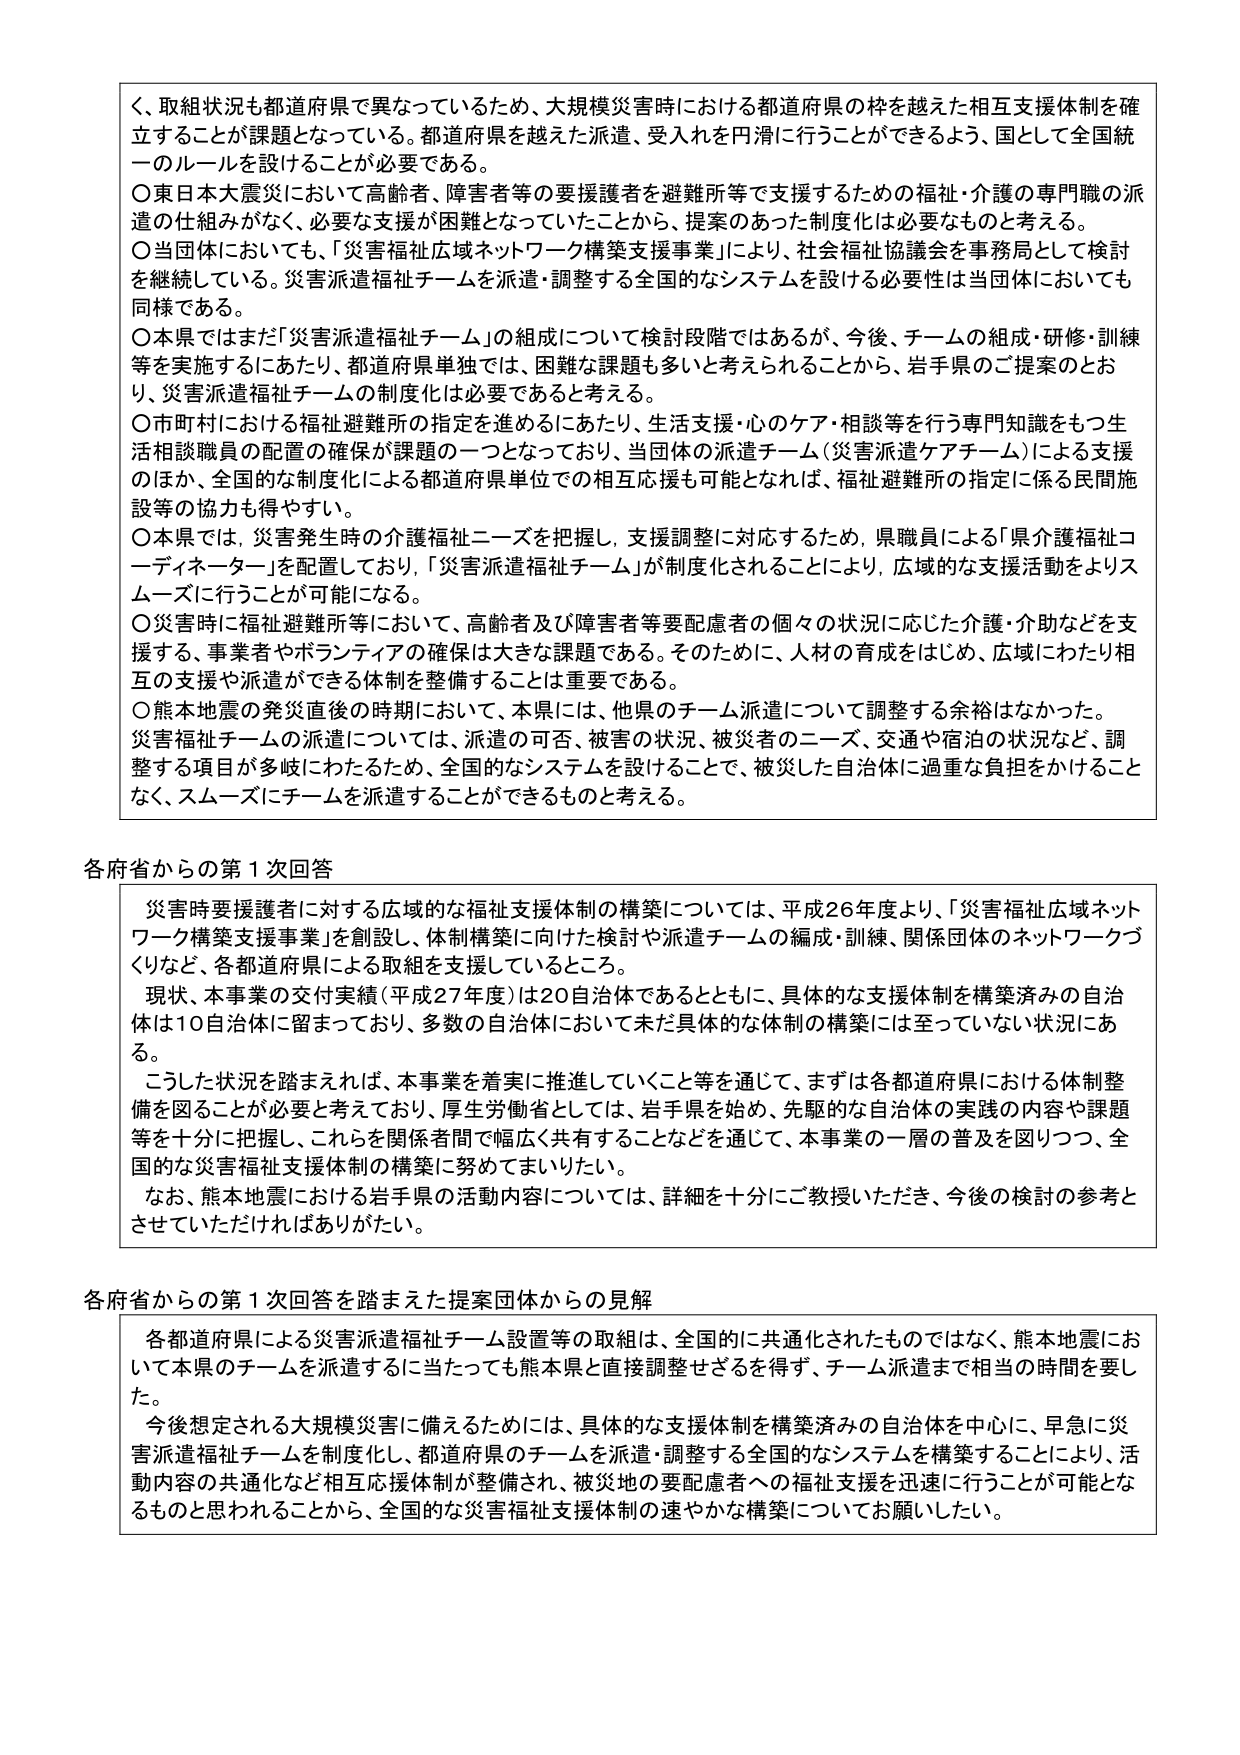
く、取組状況も都道府県で異なっているため、大規模災害時における都道府県の枠を越えた相互支援体制を確立することが課題となっている。都道府県を越えた派遣、受入れを円滑に行うことができるよう、国として全国統一のルールを設けることが必要である。

〇東日本大震災において高齢者、障害者等の要援護者を避難所等で支援するための福祉・介護の専門職の派遣の仕組みがなく、必要な支援が困難となっていたことから、提案のあった制度化は必要なものと考える。

〇当団体においても、「災害福祉広域ネットワーク構築支援事業」により、社会福祉協議会を事務局として検討を継続している。災害派遣福祉チームを派遣・調整する全国的なシステムを設ける必要性は当団体においても同様である。

〇本県ではまだ「災害派遣福祉チーム」の組成について検討段階ではあるが、今後、チームの組成・研修・訓練等を実施するにあたり、都道府県単独では、困難な課題も多いと考えられることから、岩手県のご提案のとおり、災害派遣福祉チームの制度化は必要であると考える。

〇市町村における福祉避難所の指定を進めるにあたり、生活支援・心のケア・相談等を行う専門知識をもつ生活相談職員の配置の確保が課題の一つとなっており、当団体の派遣チーム（災害派遣ケアチーム）による支援のほか、全国的な制度化による都道府県単位での相互応援も可能となれば、福祉避難所の指定に係る民間施設等の協力も得やすい。

〇本県では、災害発生時の介護福祉ニーズを把握し、支援調整に対応するため、県職員による「県介護福祉コーディネーター」を配置しており、「災害派遣福祉チーム」が制度化されることにより、広域的な支援活動をよりスムーズに行うことができる。

〇災害時に福祉避難所等において、高齢者及び障害者等要配慮者の個々の状況に応じた介護・介助などを支援する、事業者やボランティアの確保は大きな課題である。そのため、人材の育成をはじめ、広域にわたり相互の支援や派遣ができる体制を整備することは重要である。

〇熊本地震の発災直後の時期において、本県には、他県のチーム派遣について調整する余裕はなかった。災害福祉チームの派遣については、派遣の可否、被害の状況、被災者のニーズ、交通や宿泊の状況など、調整する項目が多岐にわたるため、全国的なシステムを設けることで、被災した自治体に過重な負担をかけることなく、スムーズにチームを派遣することができるものと考える。

各府省からの第1次回答

　災害時要援護者に対する広域的な福祉支援体制の構築については、平成26年度より、「災害福祉広域ネットワーク構築支援事業」を創設し、体制構築に向けた検討や派遣チームの編成・訓練、関係団体のネットワークづくりなど、各都道府県による取組を支援しているところ。

　現状、本事業の交付実績（平成27年度）は20自治体であるとともに、具体的な支援体制を構築済みの自治体は10自治体に留まっており、多数の自治体において未だ具体的な体制の構築には至っていない状況にある。

　こうした状況を踏まえれば、本事業を着実に推進していくこと等を通じて、まずは各都道府県における体制整備を図ることが必要と考えており、厚生労働省としては、岩手県を始め、先駆的な自治体の実践の内容や課題等を十分に把握し、これを関係者間で幅広く共有することなどを通じて、本事業の一層の普及を図りつつ、全国的な災害福祉支援体制の構築に努めてまいりたい。

　なお、熊本地震における岩手県の活動内容については、詳細を十分にご教授いただき、今後の検討の参考とさせていただければありがたい。

各府省からの第1次回答を踏まえた提案団体からの見解

　各都道府県による災害派遣福祉チーム設置等の取組は、全国的に共通化されたものではなく、熊本地震において本県のチームを派遣するに当たっても熊本県と直接調整せざるを得ず、チーム派遣まで相当の時間を要した。

　今後想定される大規模災害に備えるためには、具体的な支援体制を構築済みの自治体を中心に、早急に災害派遣福祉チームを制度化し、都道府県のチームを派遣・調整する全国的なシステムを構築することにより、活動内容の共通化など相互応援体制が整備され、被災地の要配慮者への福祉支援を迅速に行うことが可能となるものと思われることから、全国的な災害福祉支援体制の速やかな構築についてお願いしたい。